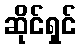
ဆိုင်ရှင်